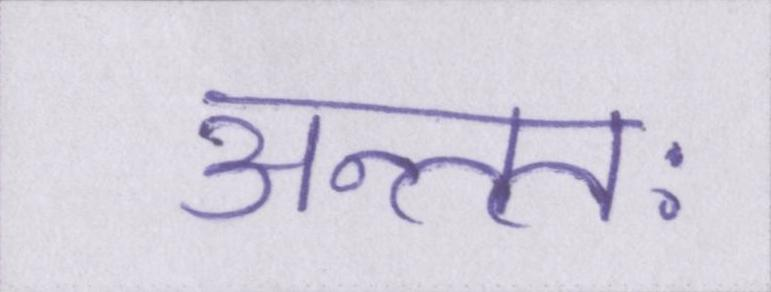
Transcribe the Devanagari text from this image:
अन्ततः